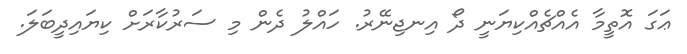
ޢަގަ އޮތީމާ އެއްޗެއްކިޔަނީ ދޯ އިނޖިނޭރު. ހައްލު ދެން މި ސަރުކާރަށް ކިޔައިދީބަލަ.